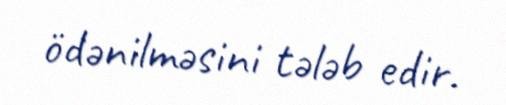
ödənilməsini tələb edir.